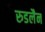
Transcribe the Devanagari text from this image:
रुडलैन